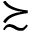
\succsim